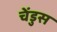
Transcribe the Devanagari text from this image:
चेंडुस